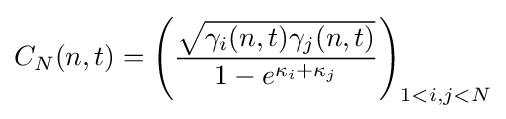
C_{N}(n,t)={\Bigg (}{\frac {\sqrt {\gamma _{i}(n,t)\gamma _{j}(n,t)}}{1-e^{\kappa _{i}+\kappa _{j}}}}{\Bigg )}_{1<i,j<N}